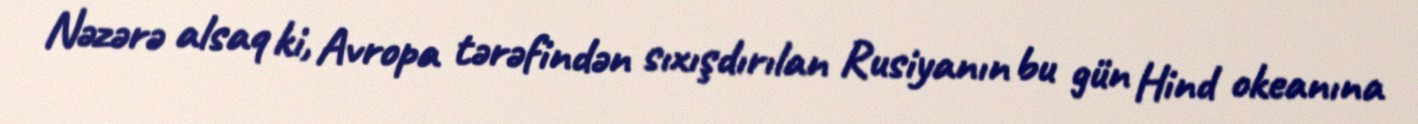
Nəzərə alsaq ki, Avropa tərəfindən sıxışdırılan Rusiyanın bu gün Hind okeanına